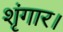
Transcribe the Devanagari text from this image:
शृंगार।